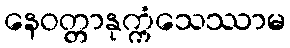
နေဝတ္တာနုက္ကံသေဿာမ